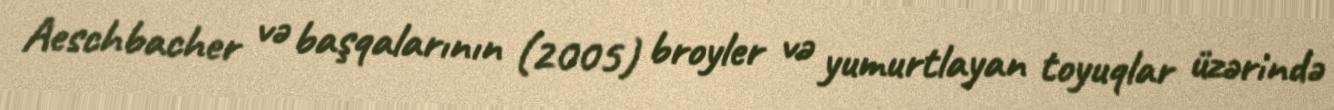
Aeschbacher və başqalarının (2005) broyler və yumurtlayan toyuqlar üzərində